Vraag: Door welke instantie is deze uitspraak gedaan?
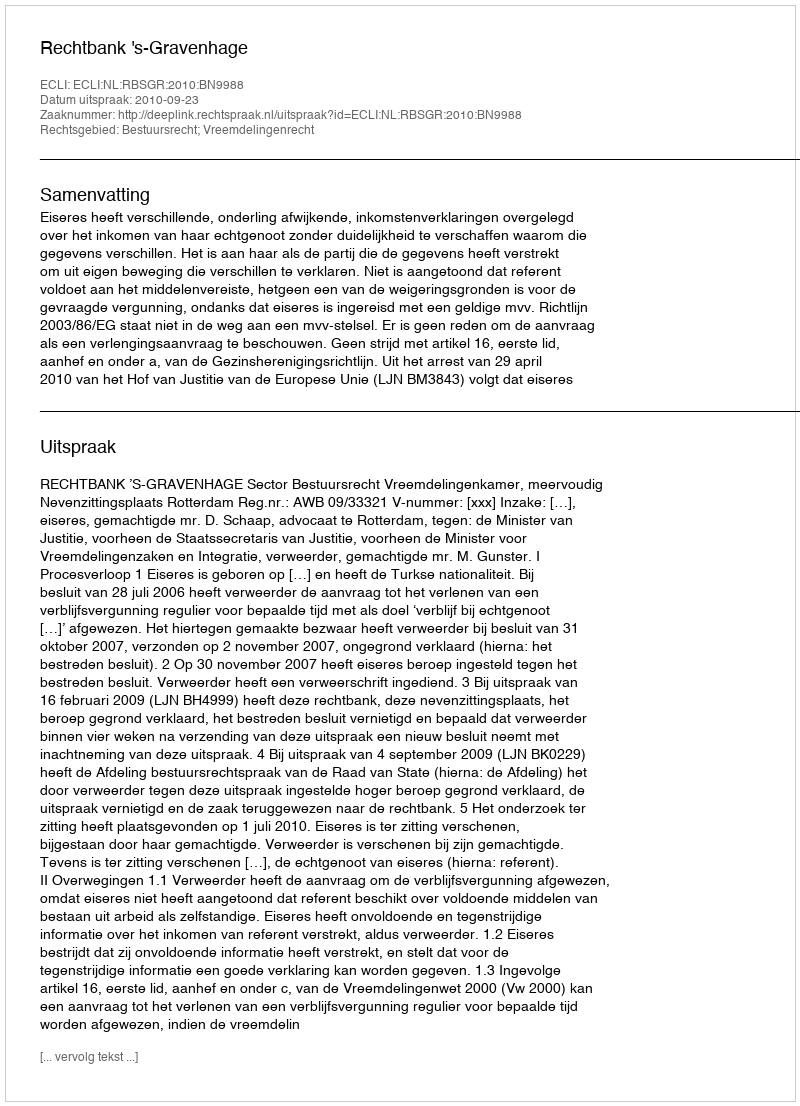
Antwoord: Rechtbank 's-Gravenhage